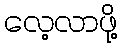
လေ့လာဖို့